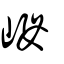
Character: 㟂